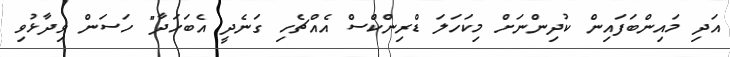
އަދި މައިންބަފައިން ކުދިންނަށް މިކަހަލަ ޑްރިންކްސް އެއްޗެހި ގަނެދީ އެބަހަދާ" ހަސަން ވިދާޅުވި